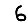
Digit: 6